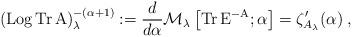
LaTeX: \begin{align*}\left(\mathrm{Log}\,\mathrm{Tr}\,\mathrm{A}\right)^{-(\alpha+1)}_\lambda:=\frac{d}{d\alpha}\mathcal{M}_\lambda\left[\mathrm{Tr}\,\mathrm{E}^{-\mathrm{A}};\alpha\right]=\zeta'_{A_\lambda}(\alpha)\;,\end{align*}